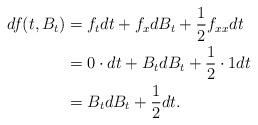
LaTeX: \begin{align*}df(t, B_t) &= f_t dt + f_x dB_t + \frac{1}{2} f_{xx} dt\\&= 0 \cdot dt + B_t dB_t + \frac{1}{2} \cdot 1 dt\\&= B_t dB_t + \frac{1}{2} dt.\end{align*}